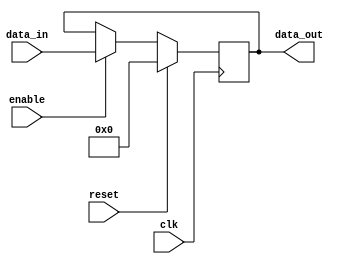
module register(
    input wire clk,
    input wire reset,
    input wire enable,
    input wire [7:0] data_in,
    output reg [7:0] data_out
);

reg [7:0] internal_reg;

always @(posedge clk) begin
    if (reset) begin
        internal_reg <= 8'b0;
    end else if (enable) begin
        internal_reg <= data_in;
    end
end

assign data_out = internal_reg;

endmodule